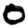
Digit: 0